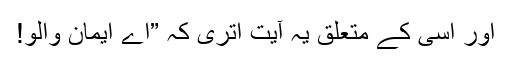
اور اسی کے متعلق یہ آیت اتری کہ ”اے ایمان والو!